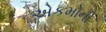
એકમોની